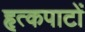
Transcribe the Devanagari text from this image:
हृत्कपाटों